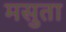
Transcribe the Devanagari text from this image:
मसुता